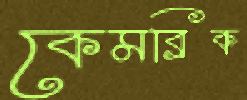
কেমব্রিক